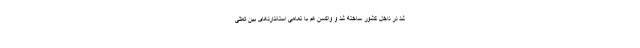
شد در داخل کشور ساخته شد و واکسن هم با تمامی استانداردهای بین المللی